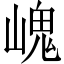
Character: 㟴